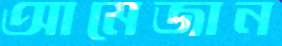
আমেজান